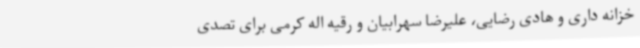
خزانه داری و هادی رضایی، علیرضا سهرابیان و رقیه اله کرمی برای تصدی